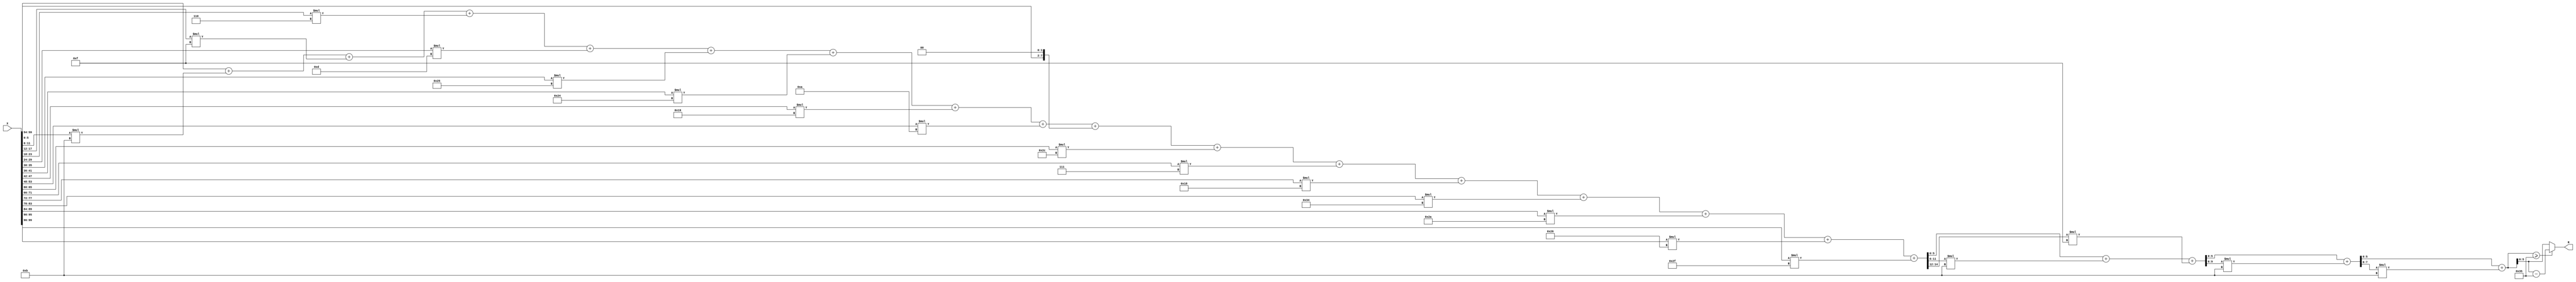
module x_100_mod_53(
    input [100:1] X,
    output [6:1] R
    );

wire [15:1] R_temp_1;
wire [10:1] R_temp_2;
wire [8:1] R_temp_3;
wire [7:1] R_temp_4;
reg [6:1]  R_temp;

assign R_temp_1 = X [ 6 : 1 ]  + X [ 12 : 7 ] * 4'b1011 + X [ 18 : 13 ] * 4'b1111 + 
						X [ 24 : 19 ] * 3'b110 + X [ 30 : 25 ] * 4'b1101 + X [ 36 : 31 ] * 6'b100101 + 
						X [ 42 : 37 ] * 6'b100100 + X [ 48 : 43 ] * 5'b11001 + X [ 54 : 49 ] * 4'b1010 + 
						{X [ 60 : 55 ], 2'b00} + X [ 66 : 61 ] * 6'b101100 + X [ 72 : 67 ] * 3'b111 + 
						X [ 78 : 73 ] * 5'b11000 + X [ 84 : 79 ] * 6'b110100 + X [ 90 : 85 ] * 6'b101010 + 
						X [ 96 : 91 ] * 6'b100110 + X [ 100 : 97 ] * 6'b101111 ;

assign R_temp_2 = R_temp_1 [ 6 : 1 ]  + R_temp_1 [ 12 : 7 ] * 4'b1011 + R_temp_1 [ 15 : 13 ] * 4'b1111 ;

assign R_temp_3 = R_temp_2 [ 6 : 1 ]  + R_temp_2 [ 10 : 7 ] * 4'b1011 ;

assign R_temp_4 = R_temp_3 [ 6 : 1 ]  + R_temp_3 [ 8 : 7 ] * 4'b1011 ;

always @(R_temp_4)
begin
  if (R_temp_4 >= 6'b110101)
    R_temp <= R_temp_4 - 6'b110101;
  else
    R_temp <= R_temp_4;
end

assign R = R_temp;

endmodule